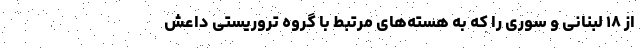
از ۱۸ لبنانی و سوری را که به هسته‌های مرتبط با گروه تروریستی داعش